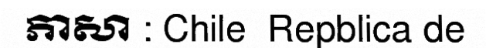
ភាសា : Chile  Repblica de